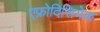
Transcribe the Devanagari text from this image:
एफ्रोदिसियेक